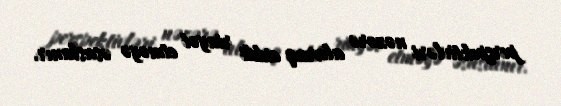
perspektivləri nəzərə alaraq ciddi riayət etməyə əsaslanır.